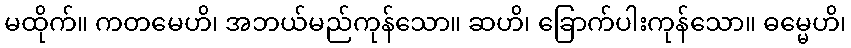
မထိုက်။ ကတမေဟိ၊ အဘယ်မည်ကုန်သော။ ဆဟိ၊ ခြောက်ပါးကုန်သော။ ဓမ္မေဟိ၊